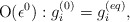
\begin{align*}{\rm O}(\epsilon ^0): g_i^{(0)}=g_i^{(eq)},\end{align*}